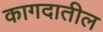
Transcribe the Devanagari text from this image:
कागदातील